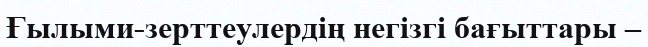
Ғылыми-зерттеулердің негізгі бағыттары –